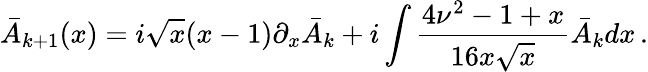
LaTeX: \bar{A}_{k+1}(x)=i\sqrt{x}(x-1)\partial_{x}\bar{A}_{k}+i\int\frac{4\nu^{2}-1+x}{16x\sqrt{x}}\bar{A}_{k}dx\, .